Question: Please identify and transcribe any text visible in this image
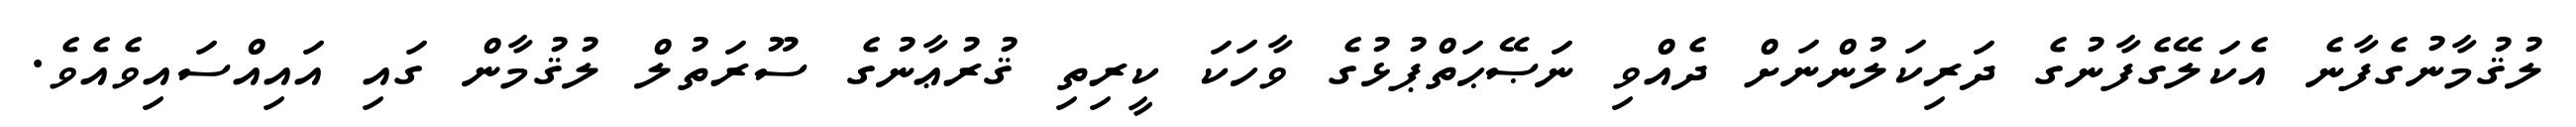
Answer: ލުޤުމާނުގެފާނެ އެކަލޭގެފާނުގެ ދަރިކަލުންނަށް ދެއްވި ނަޞޭޙަތްޕުޅުގެ ވާހަކަ ކީރިތި ޤުރުޢާނުގެ ސޫރަތުލް ލުޤުމާން ގައި އައިއްސައިވެއެވެ.